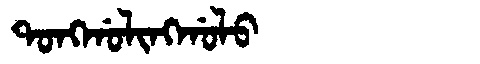
Manchu: ᡨᠣᠩᡤᠣᠯᡳᠩᡤᠣᠯᠣ
Romanization: TONGGOLINGGOLO